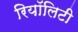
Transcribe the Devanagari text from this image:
रियॉलिटी